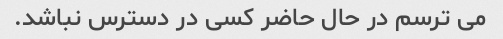
می ترسم در حال حاضر کسی در دسترس نباشد.